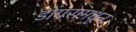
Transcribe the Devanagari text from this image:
डोंगरामधून